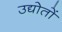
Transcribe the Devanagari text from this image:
उद्योतों